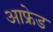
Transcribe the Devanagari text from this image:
आफ्रेड